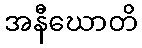
အနီဃောတိ